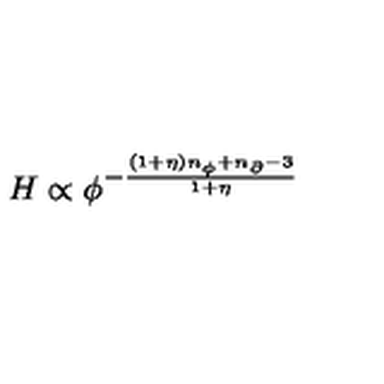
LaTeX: H \propto \phi ^ { - \frac { ( 1 + \eta ) n _ { \phi } + n _ { \partial } - 3 } { 1 + \eta } }